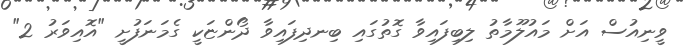
ވީނިއުސް އަށް މައުލޫމާތު ލިބިފައިވާ ގޮތުގައި ބިނދިފައިވާ ދޯންޏަކީ ގެމަނަފުށީ "އޮއިވަރު 2"